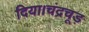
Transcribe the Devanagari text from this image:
दिया।चंद्रचूड़